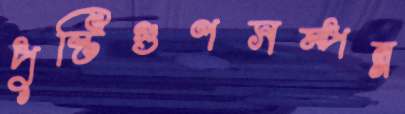
পুষ্টিগুণসম্পন্ন